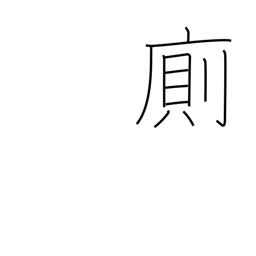
Meaning: mingle with